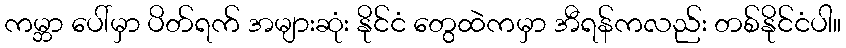
ကမ္ဘာ ပေါ်မှာ ပိတ်ရက် အများဆုံး နိုင်ငံ တွေထဲကမှာ အီရန်ကလည်း တစ်နိုင်ငံပါ။